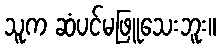
သူက ဆံပင်မဖြူသေးဘူး။